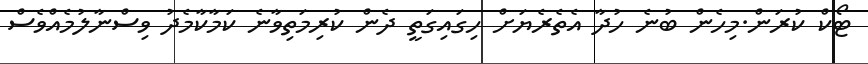
ޓޯކް ކުރަން.މިހެން ބުނެ ހުދާ އެތެރެޔަށް ހިގައިގަތީ ދެން ކުރިމަތިވާނެ ކަމާކާމެދު ވިސްނާލުމެއްވެސް